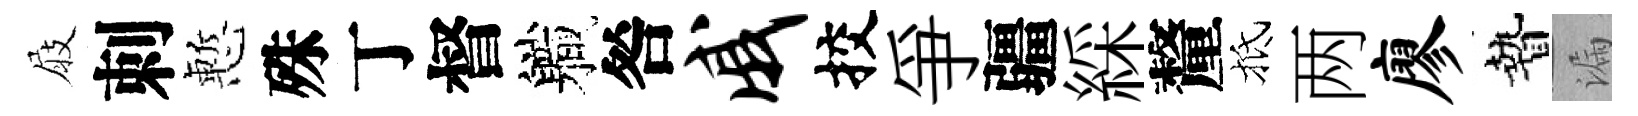
屐刺慙殊丁督軄咎戚挍爭疆綵釐抵两廖贄漏